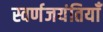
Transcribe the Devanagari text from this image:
स्वर्णजयंतियाँ